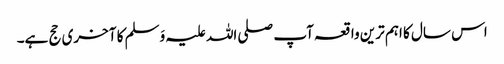
اس سال کا اہم ترین واقعہ آپ صلی اللہ علیہ وَسلم کا آخری حج ہے۔